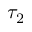
\tau _ { 2 }